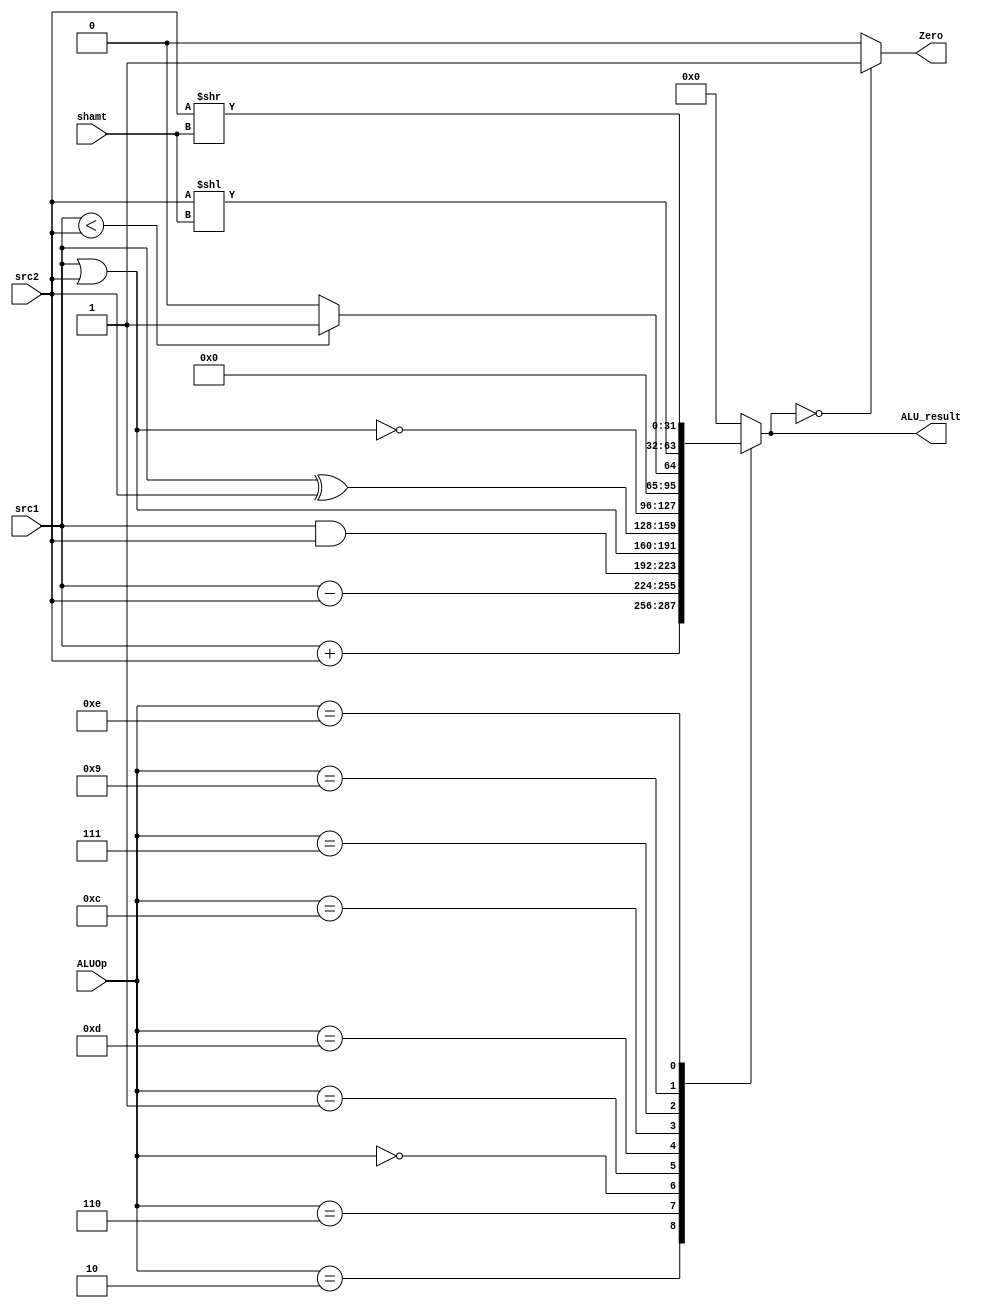
// ALU

module ALU ( ALUOp,
			 src1,
			 src2,
			 shamt,
			 ALU_result,
			 Zero);
	
	parameter bit_size = 32;
	
	input [3:0] ALUOp;
	input [bit_size-1:0] src1;
	input [bit_size-1:0] src2;
	input [4:0] shamt;
	
	output [bit_size-1:0] ALU_result;
	output Zero;
	reg [bit_size-1:0] ALU_result;
	reg Zero;
			
	// write your code in here
	
	always @(*) begin
	
	case (ALUOp)
		4'b0010: ALU_result	 	= 		src1 + src2;  //add
		4'b0110: ALU_result 	= 		src1 - src2;  //sub
		4'b0000: ALU_result 	= 		src1 & src2;  //and
		4'b0001: ALU_result 	= 		src1 | src2;  //or
		4'b1101: ALU_result 	= 		src1 ^ src2;  //xor
		4'b1100: ALU_result 	= 		~(src1 | src2);  //nor
		4'b0111: ALU_result 	=   	src1 < src2 ? 1 : 0; //slt
		4'b1001: ALU_result 	=   	src2 << shamt; //sll
		4'b1110: ALU_result 	=   	src2 >> shamt; //srl
		default: ALU_result 	=   	0; 
	endcase

	Zero =  ALU_result == 32'b0 ? 1'b1 : 1'b0;

end

endmodule